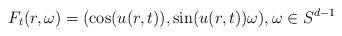
LaTeX: \begin{align*} F_t(r,\omega)=(\cos(u(r,t)),\sin(u(r,t))\omega),\omega\in S^{d-1}\end{align*}